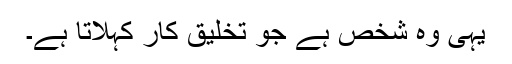
یہی وہ شخص ہے جو تخلیق کار کہلاتا ہے۔